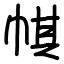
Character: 帺